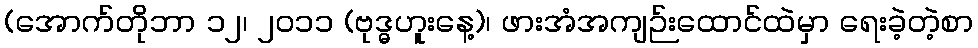
(အောက်တိုဘာ ၁၂၊ ၂၀၁၁ (ဗုဒ္ဓဟူးနေ့)၊ ဖားအံအကျဉ်းထောင်ထဲမှာ ရေးခဲ့တဲ့စာ